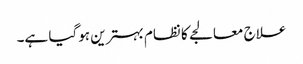
علاج معالجے کا نظام بہترین ہوگیا ہے۔